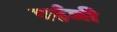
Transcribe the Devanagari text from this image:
एईजी